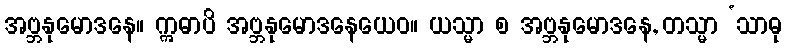
အဗ္ဘနုမောဒနေ။ ဣဓာပိ အဗ္ဘနုမောဒနေယေဝ။ ယသ္မာ စ အဗ္ဘနုမောဒနေ, တသ္မာ ‘သာဓု